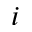
i